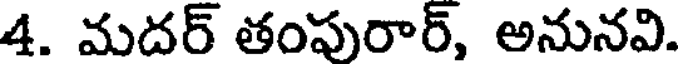
4. మదర్ తంపురార్, అనునవి.